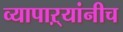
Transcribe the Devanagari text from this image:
व्यापाऱ्यांनीच